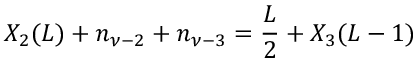
X _ { 2 } ( L ) + n _ { \nu - 2 } + n _ { \nu - 3 } = \frac { L } { 2 } + X _ { 3 } ( L - 1 )